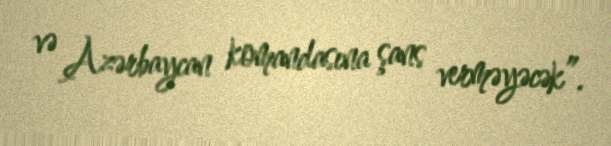
və Azərbaycan komandasına şans verməyəcək”.